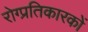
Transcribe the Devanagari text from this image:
रोग्प्रतिकारकों